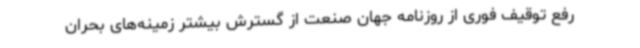
رفع توقیف فوری از روزنامه جهان صنعت از گسترش بیشتر زمینه‌های بحران